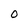
Character: 0